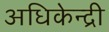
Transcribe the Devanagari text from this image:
अधिकेन्द्री